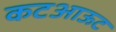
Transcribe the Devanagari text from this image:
कटआऊट